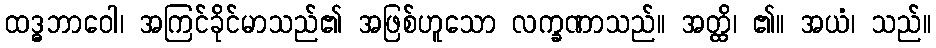
ထဒ္ဓဘာဝေါ၊ အကြင်ခိုင်မာသည်၏ အဖြစ်ဟူသော လက္ခဏာသည်။ အတ္ထိ၊ ၏။ အယံ၊ သည်။